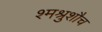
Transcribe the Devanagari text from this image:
श्मश्रुशौच